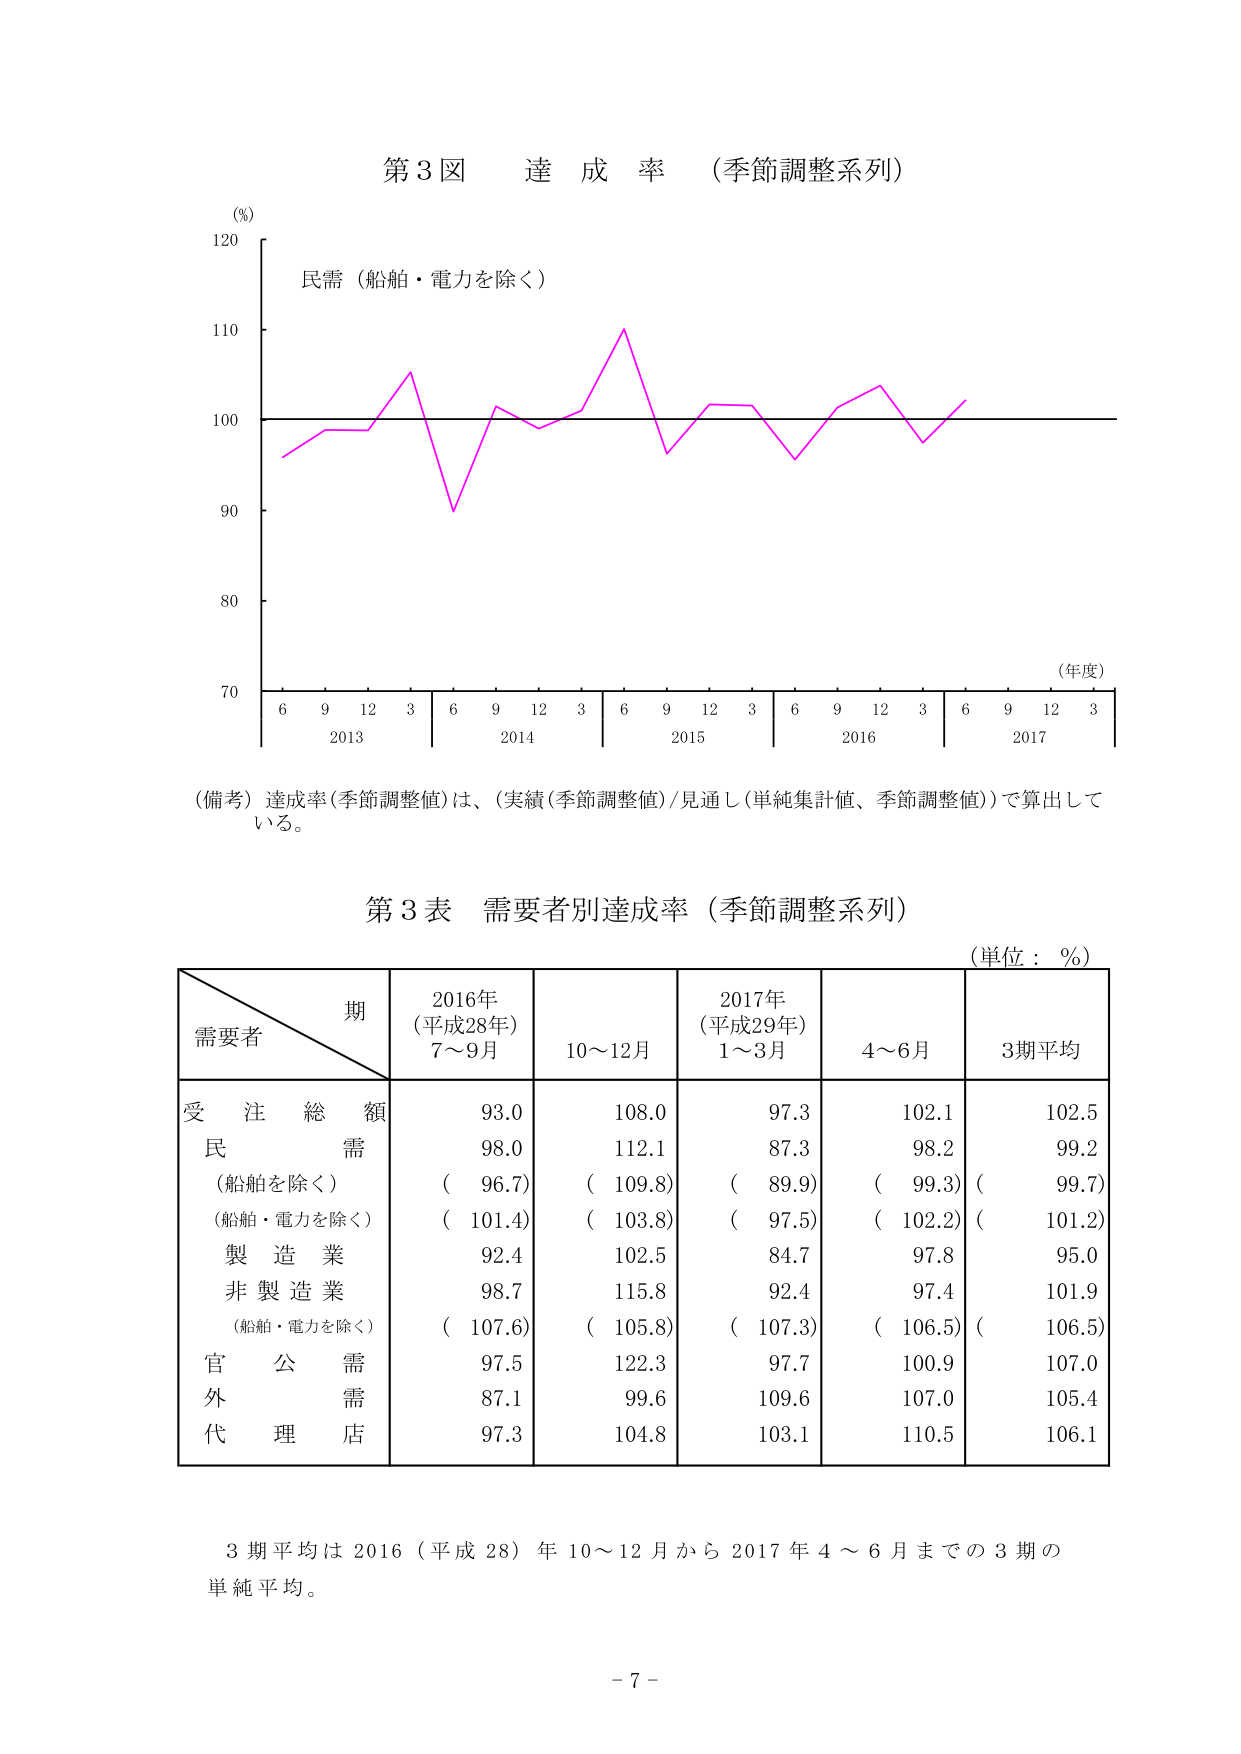
第3図 達成率（季節調整系列）

(%)
120
民需（船舶・電力を除く）
110
100
90
80
70
6 9 12 3 | 6 9 12 3 | 6 9 12 3 | 6 9 12 3 | 6 9 12 3
2013 2014 2015 2016 2017
(年度)

(備考) 達成率(季節調整値)は、(実績(季節調整値)/見通し(単純集計値、季節調整値))で算出している。

第3表 需要者別達成率（季節調整系列）
(単位：%)

期
需要者
2016年
(平成28年)
7～9月
10～12月
2017年
(平成29年)
1～3月
4～6月
3期平均

受注総額
93.0
108.0
97.3
102.1
102.5
民需
98.0
112.1
87.3
98.2
99.2
（船舶を除く）
( 96.7)
( 109.8)
( 89.9)
( 99.3)
( 99.7)
（船舶・電力を除く）
( 101.4)
( 103.8)
( 97.5)
( 102.2)
( 101.2)
製造業
92.4
102.5
84.7
97.8
95.0
非製造業
98.7
115.8
92.4
97.4
101.9
（船舶・電力を除く）
( 107.6)
( 105.8)
( 107.3)
( 106.5)
( 106.5)
官公需
97.5
122.3
97.7
100.9
107.0
外需
87.1
99.6
109.6
107.0
105.4
代理店
97.3
104.8
103.1
110.5
106.1

3期平均は2016（平成28）年10～12月から2017年4～6月までの3期の単純平均。

- 7 -